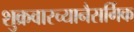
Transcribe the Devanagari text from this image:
शुक्रवारच्यानैसर्गिक